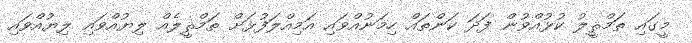
މީގައި ތަމްޘީލު ކުޅުއްވުން ފަދަ ކަންތައް ހިމަނުއްވައި އަމިއްލަފުޅަށް ތަމްޘީލެއް ލިޔުއްވައި ލިޔުއްވައި